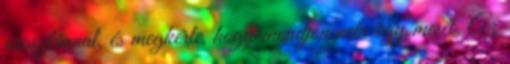
oroszlánnal, és megkérte, hogy mondjon neki egy mesét. Az